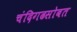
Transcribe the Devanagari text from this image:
चंदिगढसोबत